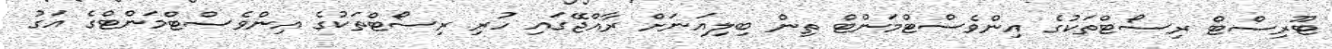
ޓޫރިސްޓް ރިސޯޓްތަކުގެ އިންވެސްޓްމަންޓް ތިން ބިލިއަނަށް ރާއްޖޭގައި ހުރި ރިސޯޓްތަކުގެ އިންވެސްޓްމަންޓްގެ އަގު